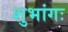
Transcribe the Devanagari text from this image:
शुभांगः